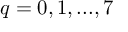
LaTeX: q = 0 , 1 , . . . , 7